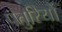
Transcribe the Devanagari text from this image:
पतुरियों